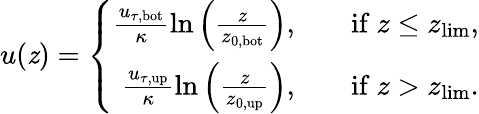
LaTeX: u(\mathit{z})=\left\{ \begin{array}{rlr}{\frac{u_{\tau,\mathrm{bot}}}{\kappa}\ln\left(\frac{z}{z_{0,\mathrm{bot}}}\right),}&{}&{\mathrm{if}\ z\leq z_{\mathrm{lim}},}\\ {\frac{u_{\tau,\mathrm{up}}}{\kappa}\ln\left(\frac{z}{z_{0,\mathrm{up}}}\right),}&{}&{\mathrm{if}\ z>z_{\mathrm{lim}}.}\end{array}\right.